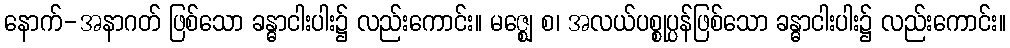
နောက်-အနာဂတ် ဖြစ်သော ခန္ဓာငါးပါး၌ လည်းကောင်း။ မဇ္ဈေ စ၊ အလယ်ပစ္စုပ္ပန်ဖြစ်သော ခန္ဓာငါးပါး၌ လည်းကောင်း။